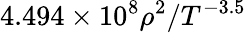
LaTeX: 4.494\times 10^{8}\rho^{2}/T^{-3.5}